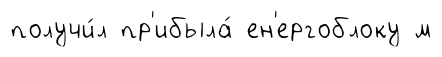
получи́л пр'ибыла́ ен'ергоблоку м